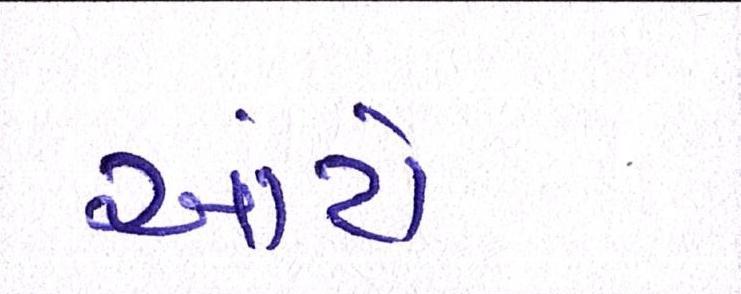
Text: આંટો